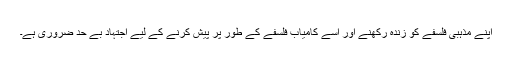
اپنے مذہبی فلسفے کو زندہ رکھنے اور اسے کامیاب فلسفے کے طور پر پیش کرنے کے لیے اجتہاد بے حد ضروری ہے۔